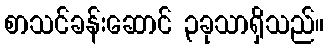
စာသင်ခန်းဆောင် ၃ခုသာရှိသည်။